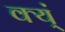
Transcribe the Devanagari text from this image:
क्य्ं